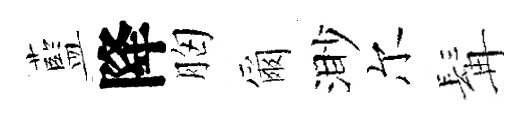
藍降胸爾渺尔髯